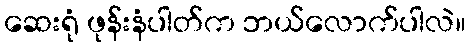
ဆေးရုံ ဖုန်းနံပါတ်က ဘယ်လောက်ပါလဲ။